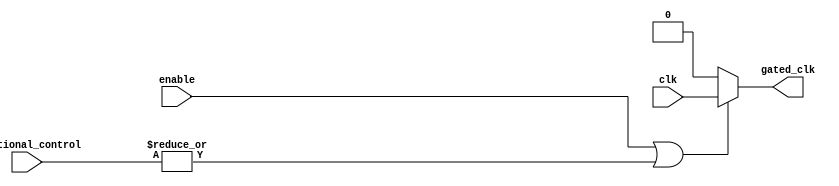
module clock_gating(
    input wire clk,                        // Main clock signal
    input wire enable,                     // Enable signal
    input wire [N:0] additional_control,   // Additional control signals (optional)
    output wire gated_clk                  // Gated clock signal
);

parameter N = 3; // Example: number of additional control signals, adjust as needed

// Internal signal to hold the combination of enable and additional control signals
wire or_signal;

// Combining the enable signal and additional control signals using OR logic
assign or_signal = enable | |additional_control; // Logical OR of enable and additional controls

// Gating the clock based on the or_signal
assign gated_clk = or_signal ? clk : 1'b0; // Gated clock signal

endmodule